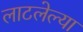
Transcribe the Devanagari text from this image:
लाटलेल्या